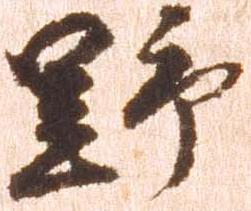
野